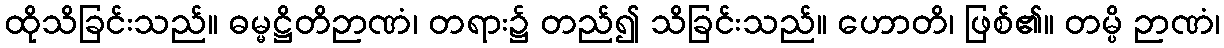
ထိုသိခြင်းသည်။ ဓမ္မဋ္ဌိတိဉာဏံ၊ တရား၌ တည်၍ သိခြင်းသည်။ ဟောတိ၊ ဖြစ်၏။ တမ္ပိ ဉာဏံ၊